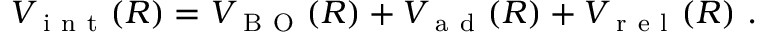
V _ { \mathrm { ~ i ~ n ~ t ~ } } ( R ) = V _ { \mathrm { ~ B ~ O ~ } } ( R ) + V _ { \mathrm { ~ a ~ d ~ } } ( R ) + V _ { \mathrm { ~ r ~ e ~ l ~ } } ( R ) \ .